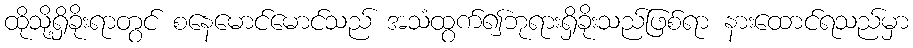
ထိုသို့ရှိခိုးရာတွင် စနေမောင်မောင်သည် အသံထွက်၍ဘုရားရှိခိုးသည်ဖြစ်ရာ နားထောင်ရသည်မှာ